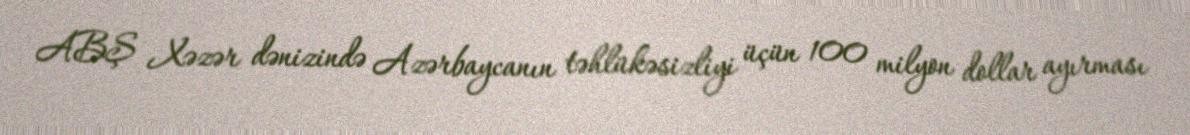
ABŞ Xəzər dənizində Azərbaycanın təhlükəsizliyi üçün 100 milyon dollar ayırması